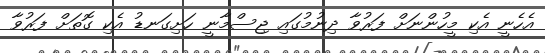
އެހެނީ އެކި މީހުންނަށް ފަރުވާ ދިނުމުގައި ޖިސްމާނީ ހަށިގަނޑު އެކި ގޮތަށް ފަރުވާ